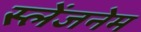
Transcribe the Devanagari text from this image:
स्लेंजनेम